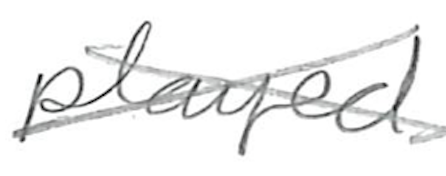
Text: played
Cross-out: mix
Writing tool: pencil